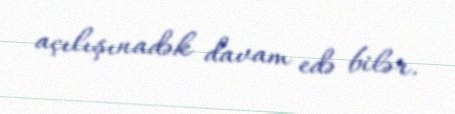
açılışınadək davam edə bilər.